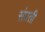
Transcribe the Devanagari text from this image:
संप्रती